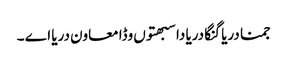
جمنا دریا گنگا دریا دا سبھتوں وڈا معاون دریا اے ۔